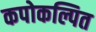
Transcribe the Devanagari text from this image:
कपोकल्पित